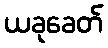
ယခုခေတ်